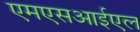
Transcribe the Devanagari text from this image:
एमएसआईएल